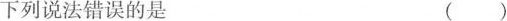
下列说法错误的是 ( )